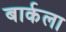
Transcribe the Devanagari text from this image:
बार्कला